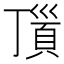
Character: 𩒆